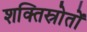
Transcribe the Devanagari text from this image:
शक्तिस्रोतों